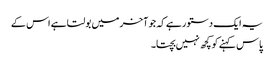
یہ ایک دستور ہے کہ جو آخر میں بولتا ہے اس کے
پاس کہنے کو کچھ نہیں بچتا۔